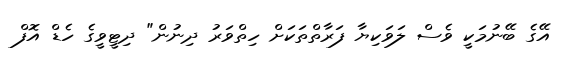
އޭގެ ބޭނުމަކީ ވެސް ލަވަކިޔާ ފަރާތްތަކަށް ހިތްވަރު ދިނުން" ދިޓީވީގެ ހެޑް އޮފް